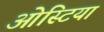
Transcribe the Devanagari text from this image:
ओस्टिया